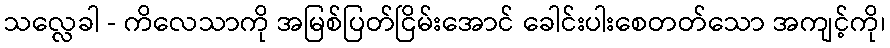
သလ္လေခါ - ကိလေသာကို အမြစ်ပြတ်ငြိမ်းအောင် ခေါင်းပါးစေတတ်သော အကျင့်ကို၊